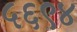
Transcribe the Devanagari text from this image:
५६९४